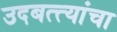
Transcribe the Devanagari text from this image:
उदबत्त्यांचा